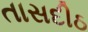
તાસદીઠ